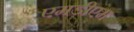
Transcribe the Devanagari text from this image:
एमडीएम